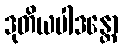
ဒုတိယပါဒန္တော